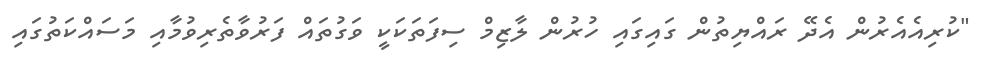
"ކުރިއެއެރުން އެދޭ ރައްޔިތުން ގައިގައި ހުރުން ލާޒިމް ސިފަތަކަކީ ވަގުތައް ފަރުވާތެރިވުމާއި މަސައްކަތުގައި